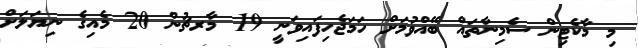
މި މާކެޓިން ސެމިނާތައް ބޭއްވުމަށް ހަމަޖެހިފައިވަނީ 19 މާރޗުން 20 މެއިގެ ނިޔަލަށް